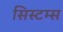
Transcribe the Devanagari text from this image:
सिस्‍टम्स